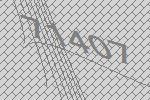
71407